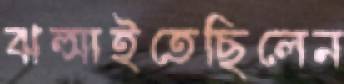
ঝল্‌সাইতেছিলেন